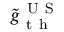
\tilde { g } _ { \mathrm { ~ t ~ h ~ } } ^ { \mathrm { ~ U ~ S ~ } }